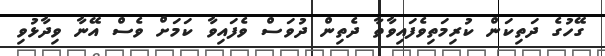
ގޭހުގެ ދަތިކަން ކުރިމަތިވެފައިވާތާ ދެތިން ދުވަސް ވެފައިވާ ކަމަށް ވެސް އޭނާ ވިދާޅުވި